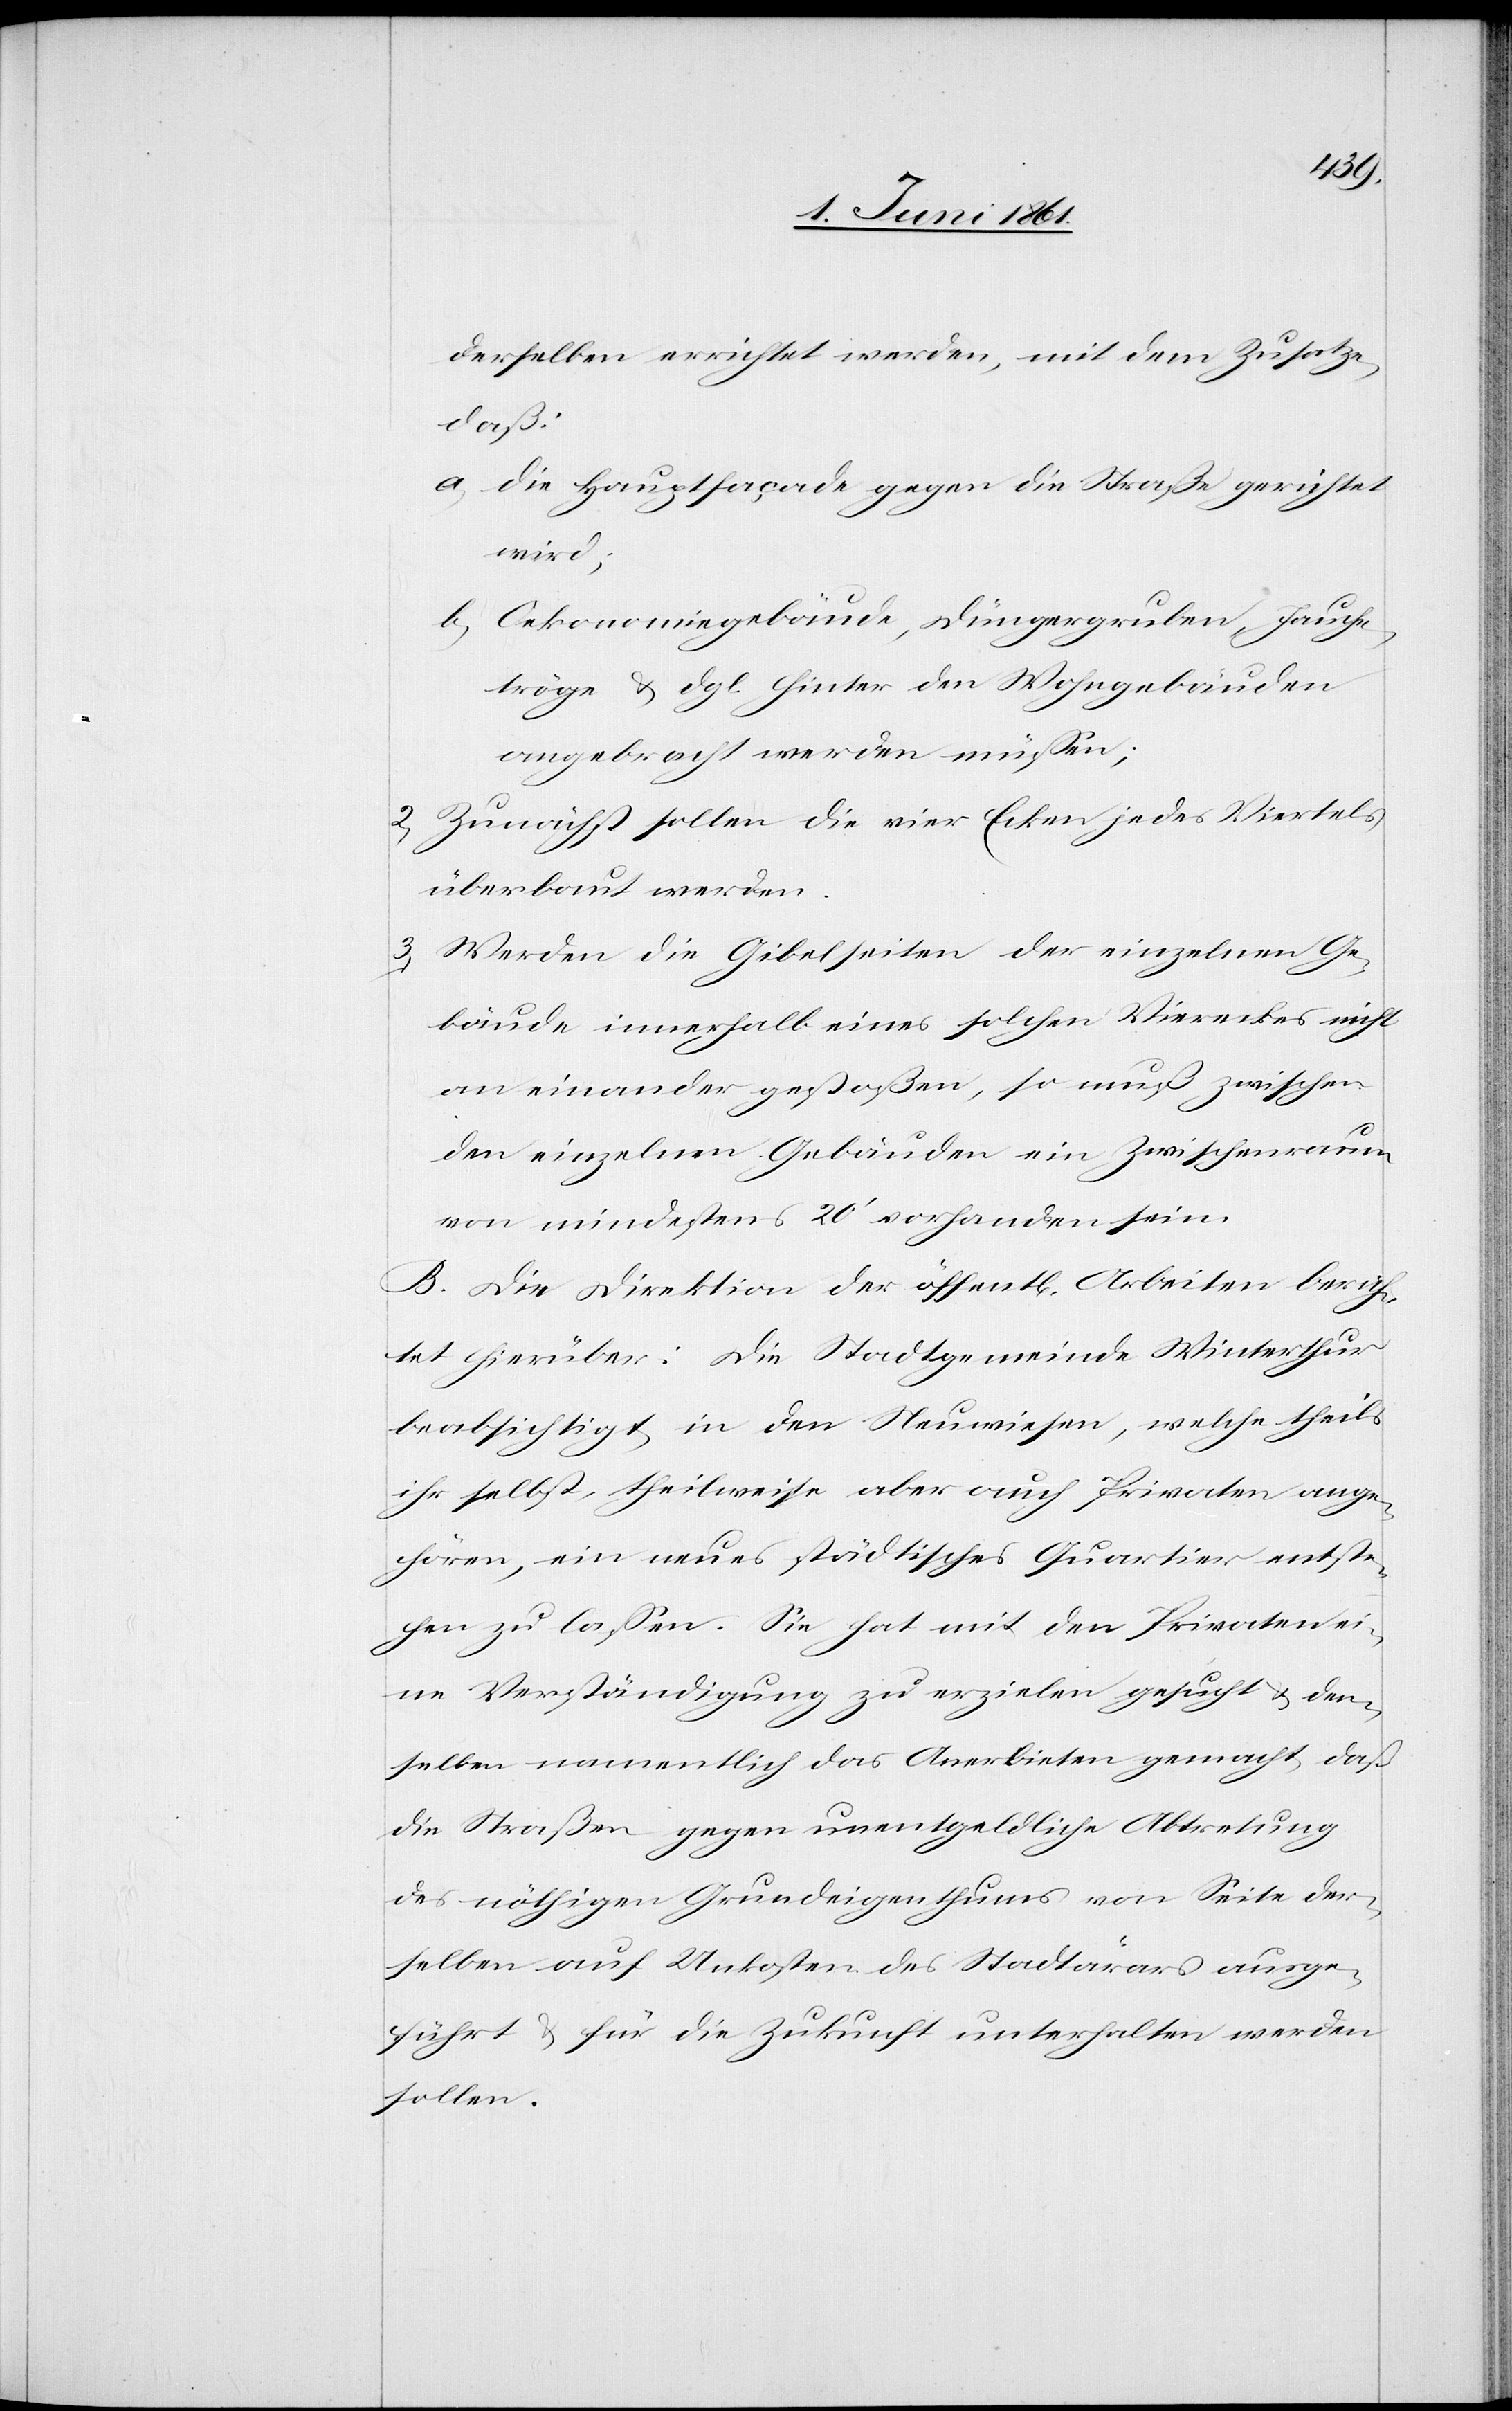
derselben errichtet werden, mit dem Zusatze,
daß:
a) die Hauptfaçade gegen die Straße gerichtet
wird;
b) Oekonomigebäude, Düngergruben, Jauche¬
tröge u. dgl. hinter den Wohngebäuden
angebracht werden müssen;
2) Zunächst sollen die vier Ecken jedes Viertels
überbaut werden.
3) Werden die Gibelseiten der einzelnen Ge¬
bäude innerhalb eines solchen Viereckes nicht
an einander gestoßen, so muß zwischen
den einzelnen Gebäuden ein Zwischenraum
von mindestens 20’ vorhanden sein.
B. Die Direktion der öffent[lichen] Arbeiten berich¬
te hierüber: Die Stadtgemeinde Winterthur
beabsichtigt in den Neuwiesen, welche theils
ihr selbst, theilweise aber auch Privaten ange¬
hören, ein neues städtisches Quartier entste¬
hen zu lassen. Sie hat mit den Privaten ei¬
ne Verständigung zu erzielen gesucht u. den¬
selben namentlich das Anerbieten gemacht, daß
die Straßen gegen unentgeldliche Abtretung
des nöthigen Grundeigenthums von Seite der¬
selben auf Unkosten des Stadtärars ausge¬
führt u für die Zukunft unterhalten werden
sollen